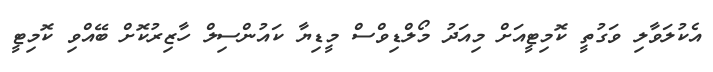
އެކުލަވާލި ވަގުތީ ކޮމިޓީއަށް މިއަދު މޯލްޑިވްސް މީޑިޔާ ކައުންސިލް ހާޒިރުކޮށް ބޭއްވި ކޮމިޓީ